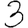
Digit: 3